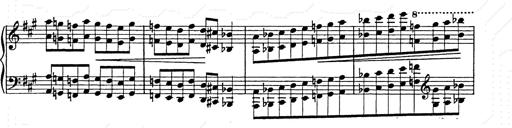
Title: Hungarian Rhapsody No.15
Composer: Franz Liszt
Key: A minor